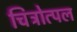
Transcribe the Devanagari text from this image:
चित्रोत्पल